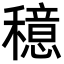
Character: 𫁈